Code of medical and sanitary regulations for the guidance of medical officers serving in the Madras Presidency - Volume I
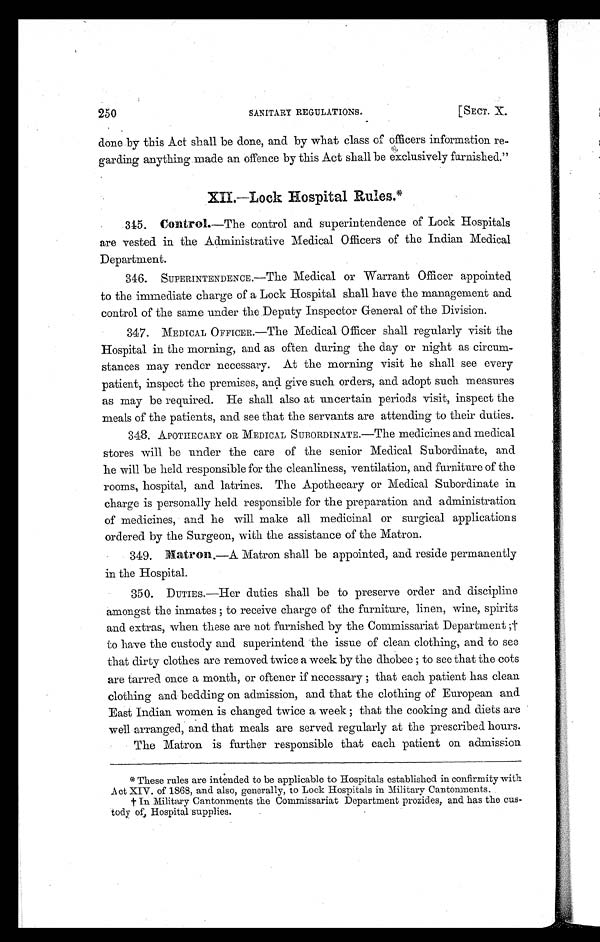
250 SANITARY REGULATIONS. [SECT. X.
done by this Act shall be done, and by what class of officers information re-
garding anything made an offence by this Act shall be exclusively furnished."
XII.—Lock Hospital Rules. *
3 4 5 .
C o n t r o l .—
T h e c o n t r o l a n d s u p e r i n t e n d e n c e o f L o c k H o s p i t a l s
are vested in the Administrative Medical Officers of the Indian Medical
Department.
346. SUPERINTENDENCE.—The Medical or Warrant Officer appointed
to the immediate charge of a Lock Hospital shall have the management and
control of the same under the Deputy Inspector General of the Division.
347. MEDICAL OFFICER.—The Medical Officer shall regularly visit the
Hospital in the morning, and as often during the day or night as circum-
stances may render necessary. At the morning visit he shall see every
patient, inspect the premises, and give such orders, and adopt such measures
as may be required. He shall also at uncertain periods visit, inspect the
meals of the patients, and see that the servants are attending to their duties.
348. APOTHECARY OR MEDICAL SUBORDINATE.—The medicines and medical
stores will be under the care of the senior Medical Subordinate, and
he will be held responsible for the cleanliness, ventilation, and furniture of the
rooms, hospital, and latrines. The Apothecary or Medical Subordinate in
charge is personally held responsible for the preparation and administration
of medicines, and he will make all medicinal or surgical applications
ordered by the Surgeon, with the assistance of the Matron.
349.
Matron.—A Matron shall be appointed, and reside permanently
in the Hospital.
350. DUTIES.—Her duties shall be to preserve order and discipline
amongst the inmates ; to receive charge of the furniture, linen, wine, spirits
and extras, when these are not furnished by the Commissariat Department ;†
to have the custody and superintend the issue of clean clothing, and to see
that dirty clothes are removed twice a week by the dhobee ; to see that the cots
are tarred once a month, or oftener if necessary ; that each patient has clean
clothing and bedding on admission, and that the clothing of European and
East Indian women is changed twice a week ; that the cooking and diets are
well arranged, and that meals are served regularly at the prescribed hours.
The Matron is further responsible that each patient on admission
*These rules are intended to be applicable to Hospitals established in confirmity with
Act XIV. of 1868, and also, generally, to Lock Hospitals in Military Cantonments.
† In Military Cantonments the Commissariat Department prozides, and has the cus-
tody of, Hospital supplies.